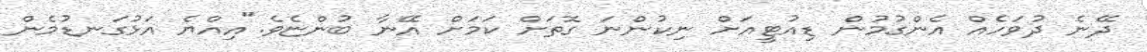
ދޭނެ ދުވަހެއް އެންގުމުން ޑިއުޓީއަށް ނިކުންނަ ގޮތަށް ކަމަށް އޭނާ ބުންޏެވެ."އިއްޔެ އަޅުގަނޑުމެން